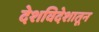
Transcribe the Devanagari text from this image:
देशविदेशातून